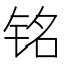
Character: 铭